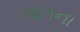
ભાતના